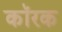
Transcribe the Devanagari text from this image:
कॉरक